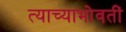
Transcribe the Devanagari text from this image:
त्याच्याभोवतीं